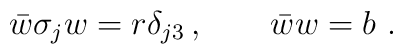
\bar w \sigma_j w = r \delta_{j3}  \, , \qquad \bar w w =b  \, \,.